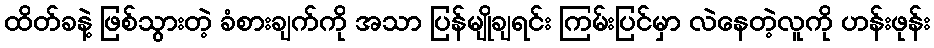
ထိတ်ခနဲ့ ဖြစ်သွားတဲ့ ခံစားချက်ကို အသာ ပြန်မျိုချရင်း ကြမ်းပြင်မှာ လဲနေတဲ့လူကို ဟန်းဖုန်း